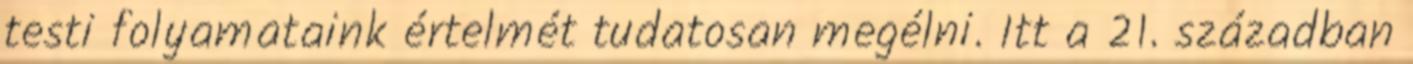
testi folyamataink értelmét tudatosan megélni. Itt a 21. században